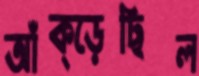
আঁক্‌ড়েছিল